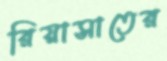
রিয়াসাতের